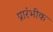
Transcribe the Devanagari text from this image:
प्रारंभीक